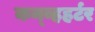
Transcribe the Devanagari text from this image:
कन्व्हहर्टर